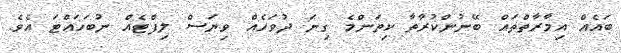
ބައެއް އިމާރާތްތައް ބޭނުންކުރާތާ ކިތަންމެ ގިނަ ދުވަހެއް ވިޔަސް ލިފްޓެއް ނުބަހައްޓަ އެވެ.